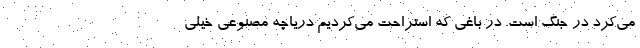
می‌کرد در جنگ است. در باغی که استراحت می‌کردیم دریاچه مصنوعی خیلی